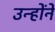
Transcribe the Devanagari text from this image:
उन्हाेंने